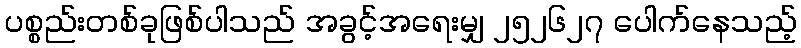
ပစ္စည်းတစ်ခုဖြစ်ပါသည် အခွင့်အရေးမျှ ၂၅၂၆၂၇ ပေါက်နေသည့်